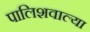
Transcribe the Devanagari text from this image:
पालिशवाल्या